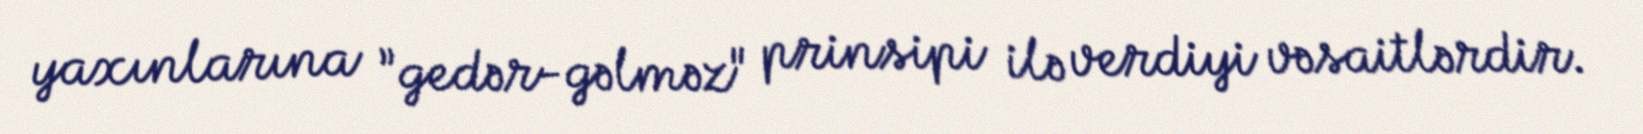
yaxınlarına ”gedər-gəlməz" prinsipi ilə verdiyi vəsaitlərdir.